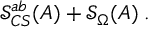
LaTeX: \mathcal { S } _ { C S } ^ { a b } ( A ) + \mathcal { S } _ { \Omega } ( A ) \; .